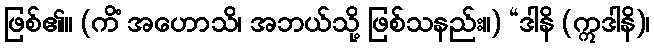
ဖြစ်၏။ (ကိံ အဟောသိ၊ အဘယ်သို့ ဖြစ်သနည်း။) “ဒါနိ (ဣဒါနိ)၊